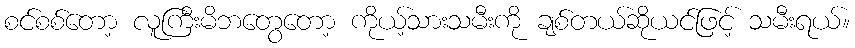
စင်စစ်တော့ လူကြီးမိဘတွေတော့ ကိုယ့်သားသမီးကို ချစ်တယ်ဆိုယင်ဖြင့် သမီးရယ်။